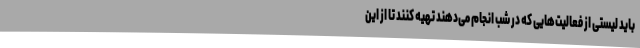
باید لیستی از فعالیت‌هایی که در شب انجام می‌دهند تهیه کنند تا از این